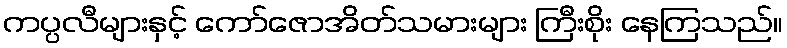
ကပ္ပလီများနှင့် ကော်ဇောအိတ်သမားများ ကြီးစိုး နေကြသည်။